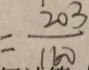
= \frac { 2 0 3 } { 1 6 0 }